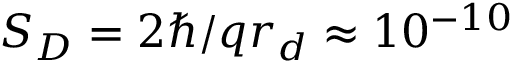
S _ { D } = 2 \hbar / q r _ { d } \approx 1 0 ^ { - 1 0 }